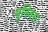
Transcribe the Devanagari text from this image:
मुनिवराः